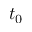
t _ { 0 }